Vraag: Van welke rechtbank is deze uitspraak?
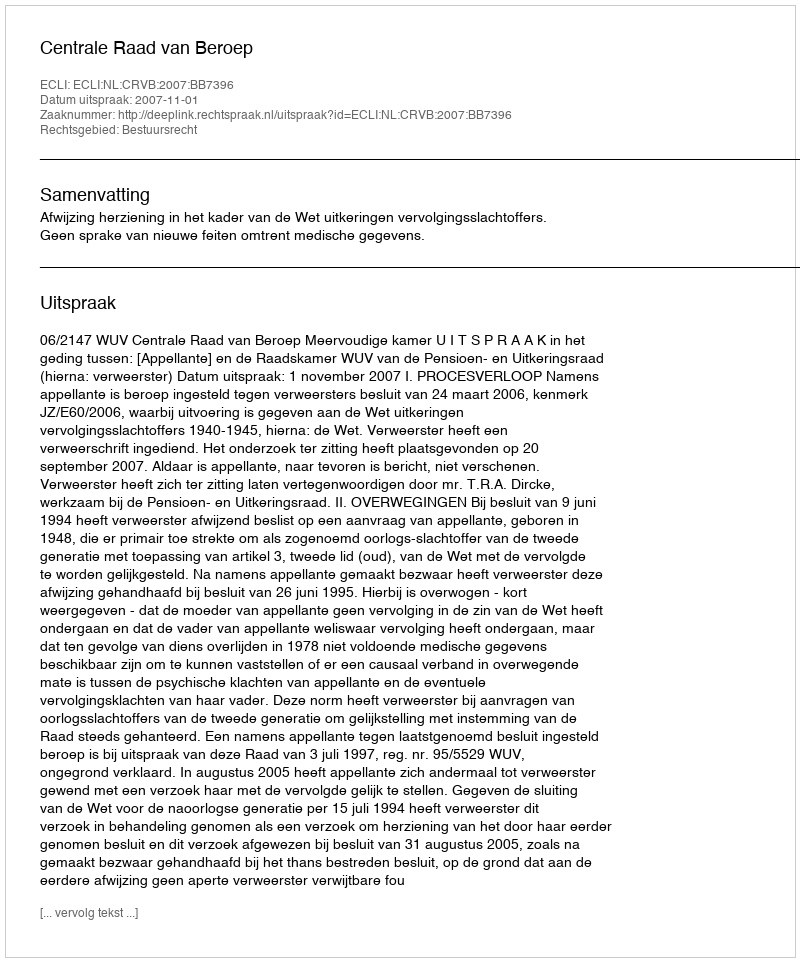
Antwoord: Centrale Raad van Beroep